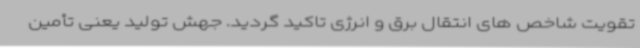
تقویت شاخص های انتقال برق و انرژی تاکید گردید. جهش تولید یعنی تأمین